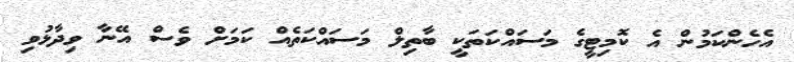
އެހެންކަމުން އެ ކޮމިޓީގެ މަސައްކަތަކީ ބާތިލް މަސައްކަތެއް ކަމަށް ވެސް އޭނާ ވިދާޅުވި